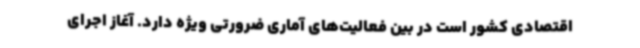
اقتصادی کشور است در بین فعالیت‌های آماری ضرورتی ویژه دارد. آغاز اجرای